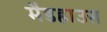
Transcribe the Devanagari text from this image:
मैडहाउस